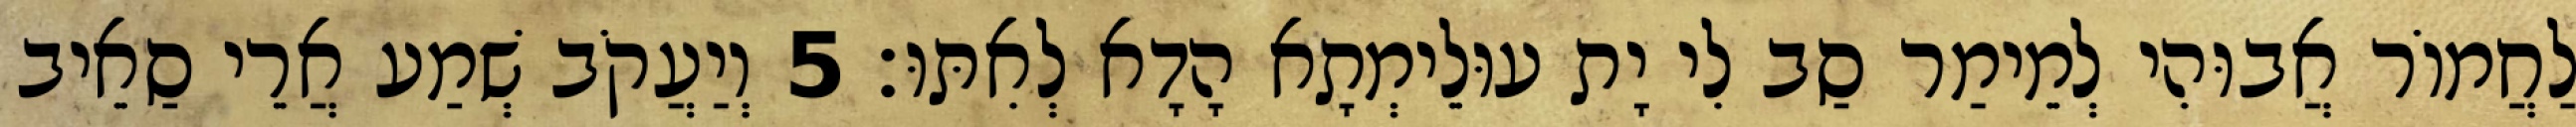
לַחֲמוֹר אֲבוּהִי לְמֵימַר סַב לִי יָת עוּלֵימְתָא הָדָא לְאִתּוּ׃ 5 וְיַעֲקֹב שְׁמַע אֲרֵי סַאֵיב